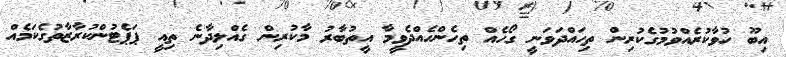
އިބޫ ހުވާކުރެއްވުމުގެކުރިން ތިހައްދަވަނީ ގޯހެއް ތިހެންހެއްދެވީމާ އީތުބާރު މާކުރިން ގެއްލިދާނެ ތިއީ ޕަޕެޓުންކުރާޒާތުގެކަމެއް